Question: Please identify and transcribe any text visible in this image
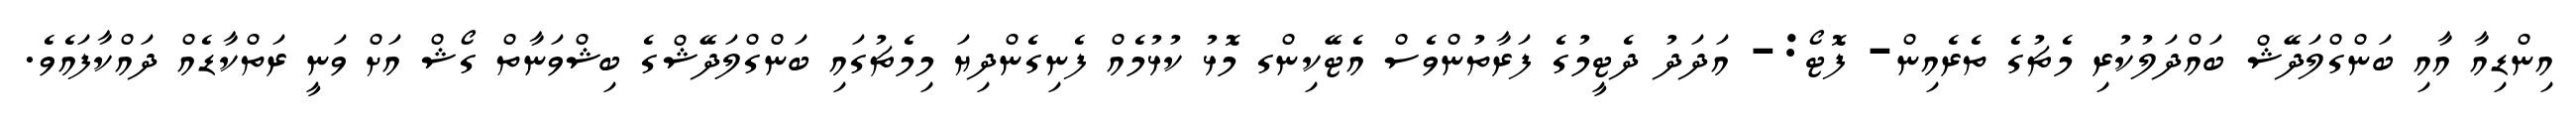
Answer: އިންޑިއާ އާއި ބަންގްލަދޭޝް ބައްދަލުކުރި މެޗުގެ ތެރެއިން- ފޮޓޯ:- އަދަދު ދެޓީމުގެ ފަރާތުންވެސް އެޓޭކިންގ މޮޅު ކުޅުމެއް ފެނިގެންދިޔަ މިމެޗުގައި ބަންގްލަދޭޝްގެ ބިޝްވަނާތް ގޯޝް އަށް ވަނީ ރަތްކާޑެއް ދައްކާފައެވެ.